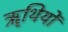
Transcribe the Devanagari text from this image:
ॠथियों